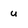
Character: u